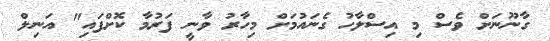
ގާނޫނަށް ވެސް މި އިސްލާހު ގެނައުމަށް މިހާރު ވާނީ ފަރުމާ ކޮށްފައި" އަނިލް